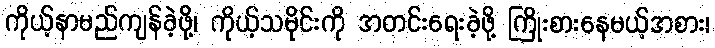
ကိုယ့်နာမည်ကျန်ခဲ့ဖို့၊ ကိုယ့်သမိုင်းကို အတင်းရေးခဲ့ဖို့ ကြိုးစားနေမယ့်အစား၊